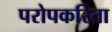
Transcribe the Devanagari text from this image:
परोपकरिता